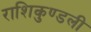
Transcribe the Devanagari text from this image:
राशिकुण्डली